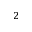
^ 2